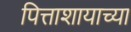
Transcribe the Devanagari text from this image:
पित्ताशायाच्या